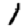
Digit: 1